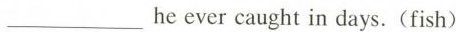
___ he ever caught in days.(fish)